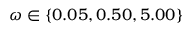
\omega \in \{ 0 . 0 5 , 0 . 5 0 , 5 . 0 0 \}